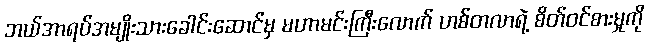
ဘယ်အာရပ်အမျိုးသားခေါင်းဆောင်မှ မဟာမင်းကြီးလောက် ဟစ်တလာရဲ့ စိတ်ဝင်စားမှုကို